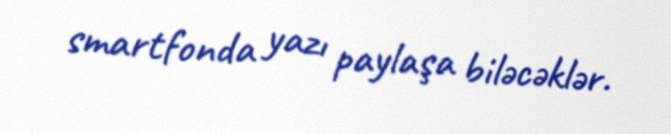
smartfonda yazı paylaşa biləcəklər.